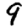
Digit: 9